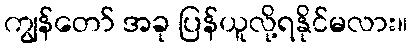
ကျွန်တော် အခု ပြန်ယူလို့ရနိုင်မလား။